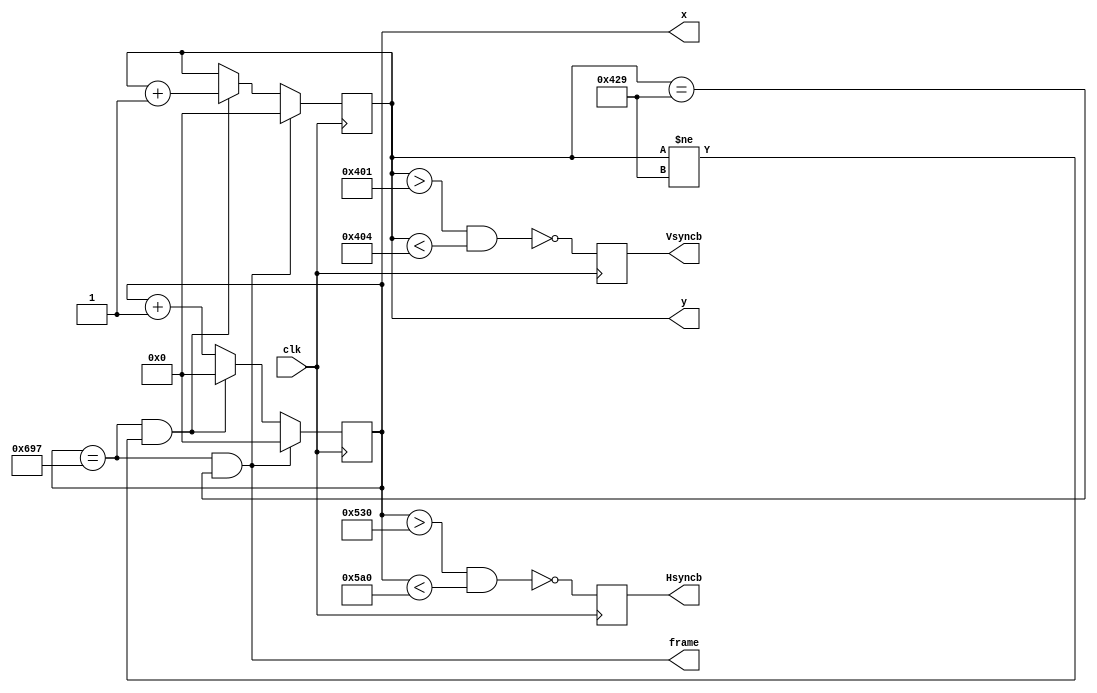
`timescale 1ns / 1ps
//////////////////////////////////////////////////////////////////////////////////
// Signal Generator for VESA (1280x1024 VGA)
// Generates Hsync and Vsync signals
// Outputs current screen X and Y coordinates for use elsewhere
//  Keep in mind that computer geometry's origin is at the top-left, and 
//  positive-y is down. 
// Timings from http://tinyvga.com/vga-timing/800x600@72Hz, assuming a 50Mhz clock.
//////////////////////////////////////////////////////////////////////////////////
module VESADriver(
		  input clk,
		  output reg Hsyncb,
		  output reg Vsyncb,
		  output [10:0] x,
		  output reg [10:0] y = 0,
		  output frame
		  );

   parameter 		 HLEN             = 11'd1280;
   parameter 		 HFRONT_PORCH_LEN = 11'd48;
   parameter 		 HSYNC_WIDTH      = 11'd112;
   parameter 		 HBACK_PORCH_LEN  = 11'd248;
   parameter 		 HTOTAL           = 11'd1688;
 		 
   
   parameter 		 VHEIGHT          = 11'd1024;
   parameter  		 VFRONT_PORCH_LEN = 11'd1;
   parameter 		 VSYNC_LEN        = 11'd3; 
   parameter 		 VBACK_PORCH_LEN  = 11'd38;
   parameter 		 VTOTAL           = 11'd1066;
 		 
   
   //The back porch requires 11 bits of x, but only 10
   //bits are needed to address the screen. 
   //Slicing off the last bit makes X and Y have the same 
   //dimension, bitwise. It's a bit nicer to work with. 
   reg [10:0] 		 xinternal = 0;
   assign 		 x = xinternal;
   
   assign 		 Hsync = ~((xinternal > HLEN + HFRONT_PORCH_LEN)
				   && (xinternal < HLEN + HFRONT_PORCH_LEN + HSYNC_WIDTH));
   assign 		 Vsync = ~((y > VHEIGHT + VFRONT_PORCH_LEN)
				   && (y < VHEIGHT + VFRONT_PORCH_LEN + VSYNC_LEN));
   assign 		 frame = (xinternal == HTOTAL-1 && y == VTOTAL-1);
   
   always @(posedge clk) begin
      Hsyncb <= Hsync;
      Vsyncb <= Vsync;
      
      if (xinternal == HTOTAL-1 && y != VTOTAL-1) begin
			 xinternal <= 0;
			 y <= y+1;
      end
      else xinternal<= xinternal+1;
      
      if (xinternal == HTOTAL-1 &&y == VTOTAL-1) begin
			 y <= 0;
			 xinternal <= 0;
      end
   end
   
endmodule